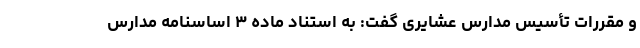
و مقررات تأسیس مدارس عشایری گفت: به استناد ماده ۳ اساسنامه مدارس